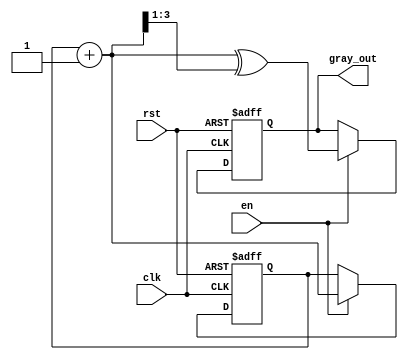
module gray_code_counter (
    input wire clk,               // Clock signal
    input wire rst,               // Reset signal
    input wire en,                // Enable signal
    output reg [3:0] gray_out     // 4-bit Gray code output
);

// Internal signal for the binary counter
reg [3:0] binary_count;

// Combinational logic to convert binary to Gray code
function [3:0] binary_to_gray(input [3:0] bin);
    begin
        binary_to_gray = bin ^ (bin >> 1);
    end
endfunction

// Sequential logic for the binary counter and Gray code output
always @(posedge clk or posedge rst) begin
    if (rst) begin
        binary_count <= 4'b0000;        // Reset the binary counter
        gray_out <= binary_to_gray(4'b0000); // Reset Gray code output
    end else if (en) begin
        binary_count <= binary_count + 1; // Increment the binary counter
        gray_out <= binary_to_gray(binary_count + 1); // Update Gray code output
    end
end

endmodule